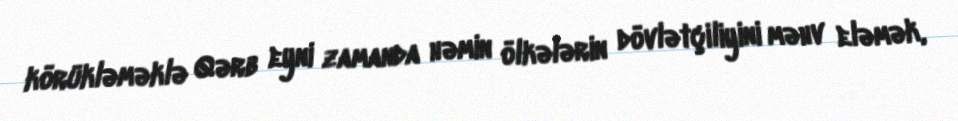
körükləməklə Qərb eyni zamanda həmin ölkələrin dövlətçiliyini məhv eləmək,